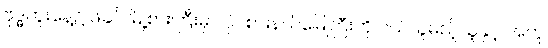
ဗုဒ္ဓဟူးနေ့၌ ဖခင် မြို့စားကြီးမှာ ပိုင်စားနယ်မြေကြီးကို ဝယ်ယူမည့်သူနှင့် အတူ